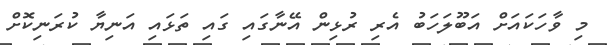
މި ވާހަކައަށް އަބޫލަހަބު އެރި ރުޅިން އޭނާގައި ގައި ތަޅައި އަނިޔާ ކުރަނިކޮށް